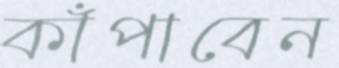
কাঁপাবেন